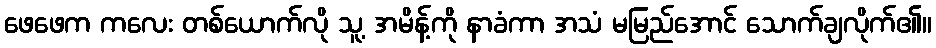
ဖေဖေက ကလေး တစ်ယောက်လို သူ့ အမိန့်ကို နာခံကာ အသံ မမြည်အောင် သောက်ချလိုက်၏။